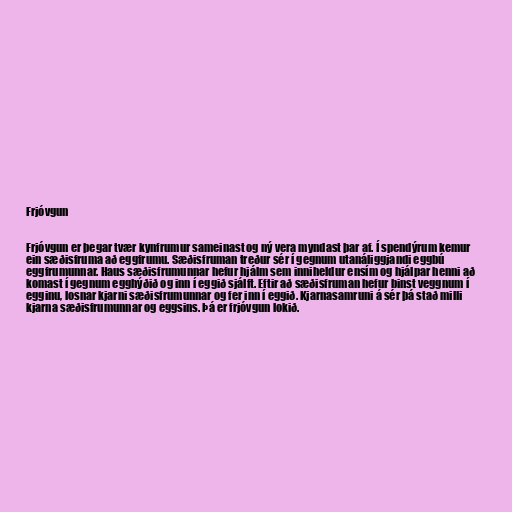
Frjóvgun

Frjóvgun er þegar tvær kynfrumur sameinast og ný vera myndast þar af. Í spendýrum kemur
ein sæðisfruma að eggfrumu. Sæðisfruman treður sér í gegnum utanáliggjandi eggbú
eggfrumunnar. Haus sæðisfrumunnar hefur hjálm sem inniheldur ensím og hjálpar henni að
komast í gegnum egghýðið og inn í eggið sjálft. Eftir að sæðisfruman hefur binst veggnum í
egginu, losnar kjarni sæðisfrumunnar og fer inn í eggið. Kjarnasamruni á sér þá stað milli
kjarna sæðisfrumunnar og eggsins. Þá er frjóvgun lokið.